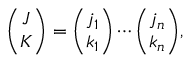
{ \binom { J } { K } } = { \binom { j _ { 1 } } { k _ { 1 } } } \cdots { \binom { j _ { n } } { k _ { n } } } ,